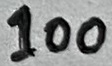
Text: 100